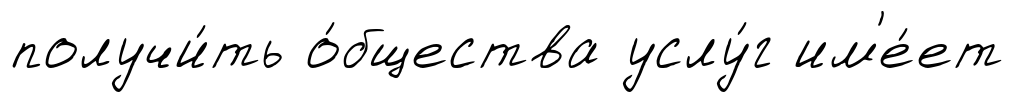
получи́ть о́бщества услу́г им'е́ет